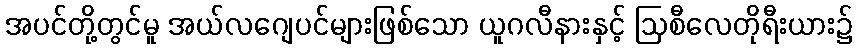
အပင်တို့တွင်မူ အယ်လဂျေပင်များဖြစ်သော ယူဂလီနားနှင့် ဩစီလေတိုရီးယား၌